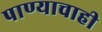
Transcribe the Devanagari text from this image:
पाण्‍याचाही